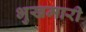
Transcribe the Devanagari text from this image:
भुखमारी